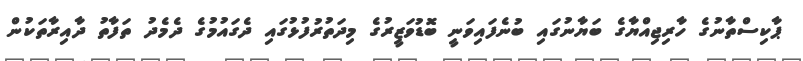
ޕާކިސްތާނުގެ ހާރިޖިއްޔާގެ ބަޔާނުގައި ބުނެފައިވަނީ ބޮޑުވަޒީރުގެ މިދަތުރުފުޅުގައި ދެގައުމުގެ ދެމެދު ތަފާތު ދާއިރާތަކުން